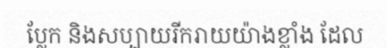
ប្លែក និងសប្បាយរីករាយយ៉ាងខ្លាំង ដែល